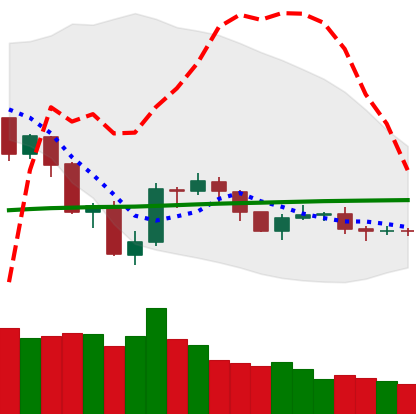
Ticker: NEO-USD
Chart end date: 2019-07-30
Forward return: 6.195%
Label: up_5_7